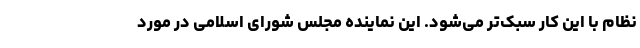
نظام با این کار سبک‌تر می‌شود. این نماینده مجلس شورای اسلامی در مورد